Insane asylums in Bengal annual reports 1867-1875 - 1867-1875
Year: 1867
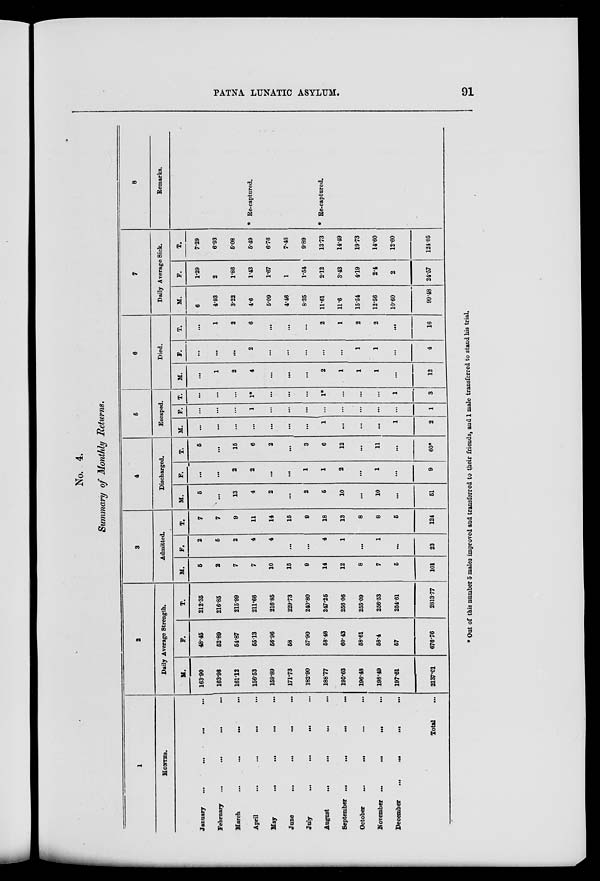
PATNA LUNATIC ASYLUM.
91
No. 4.
Summary of Monthly Returns.
1
MONTHS.
January
...
... ... ...
February
...
...
...
...
March
...
...
...
...
April
...
...
...
...
May ... ... ... ...
June
...
...
...
...
July
...
...
...
August ... ... ... ...
September ... ... ... ...
October ... ... ... ...
November ... ... ... ...
December ... ... ... ...
Total ...
2
Daily Average Strength.
M.
163.90
163.96
161.12
166.53
159.89
171.73
182.90
18877
195.63
196.48
198.49
197.61
2137.01
F.
48.45
52.89
54.87
55.13
56.96
58
57.90
58.48
60.43
58.61
58.4
57
676.76
T.
212.35
216.85
215.99
211.66
216.85
229.73
240.80
247.25
256.06
255.09
256.53
254.61
2813.77
3
Admitted.
M.
5
2
7
7
10
15
9
14
12
8
7
5
101
F.
2
5
2
4
4
...
...
4
1
...
1
...
23
T.
7
7
9
11
14
15
9
18
13
8
8
5
124
4
Discharged.
M.
5
...
13
4
2
...
2
5
10
...
10
...
51
F.
...
...
2
2
...
...
1
1
2
...
1
...
9
T.
5
...
15
6
2
...
3
6
12
...
11
...
60*
5
Escaped.
M.
...
...
...
...
...
...
...
1
...
...
...
1
2
F.
...
...
...
1
...
...
...
...
...
...
...
...
1
T.
...
...
...
1.
...
...
...
1*
...
...
...
1
3
6
Died.
M.
...
1
2
4
...
...
...
2
1
1
1
...
12
F.
...
...
...
2
...
...
...
...
...
1
1
...
4
T.
...
1
2
6
...
...
...
2
1
2
2
...
16
7
Daily Average Sick.
M.
6
4.93
3.22
4.6
5.09
4.46
8.35
11.61
11.6
15.54
12.56
10.60
99.48
F.
1.29
2
1.86
1.43
1.67
1
1.54
2.12
3.43
4.19
2.4
2
24.57
T.
7.29
6.93
5.08
5.49
6.76
7.46
9.89
13.73
14.49
19.73
14.60
12.60
124.05
8
Remarks.
* Re-captured.
* Re-captured.
* Out of this number 5 males improved and transferred to their friends, and 1 male transferred to stand his trial.